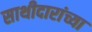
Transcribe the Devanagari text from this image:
साथीदारांच्या